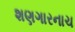
શણગારનાચ